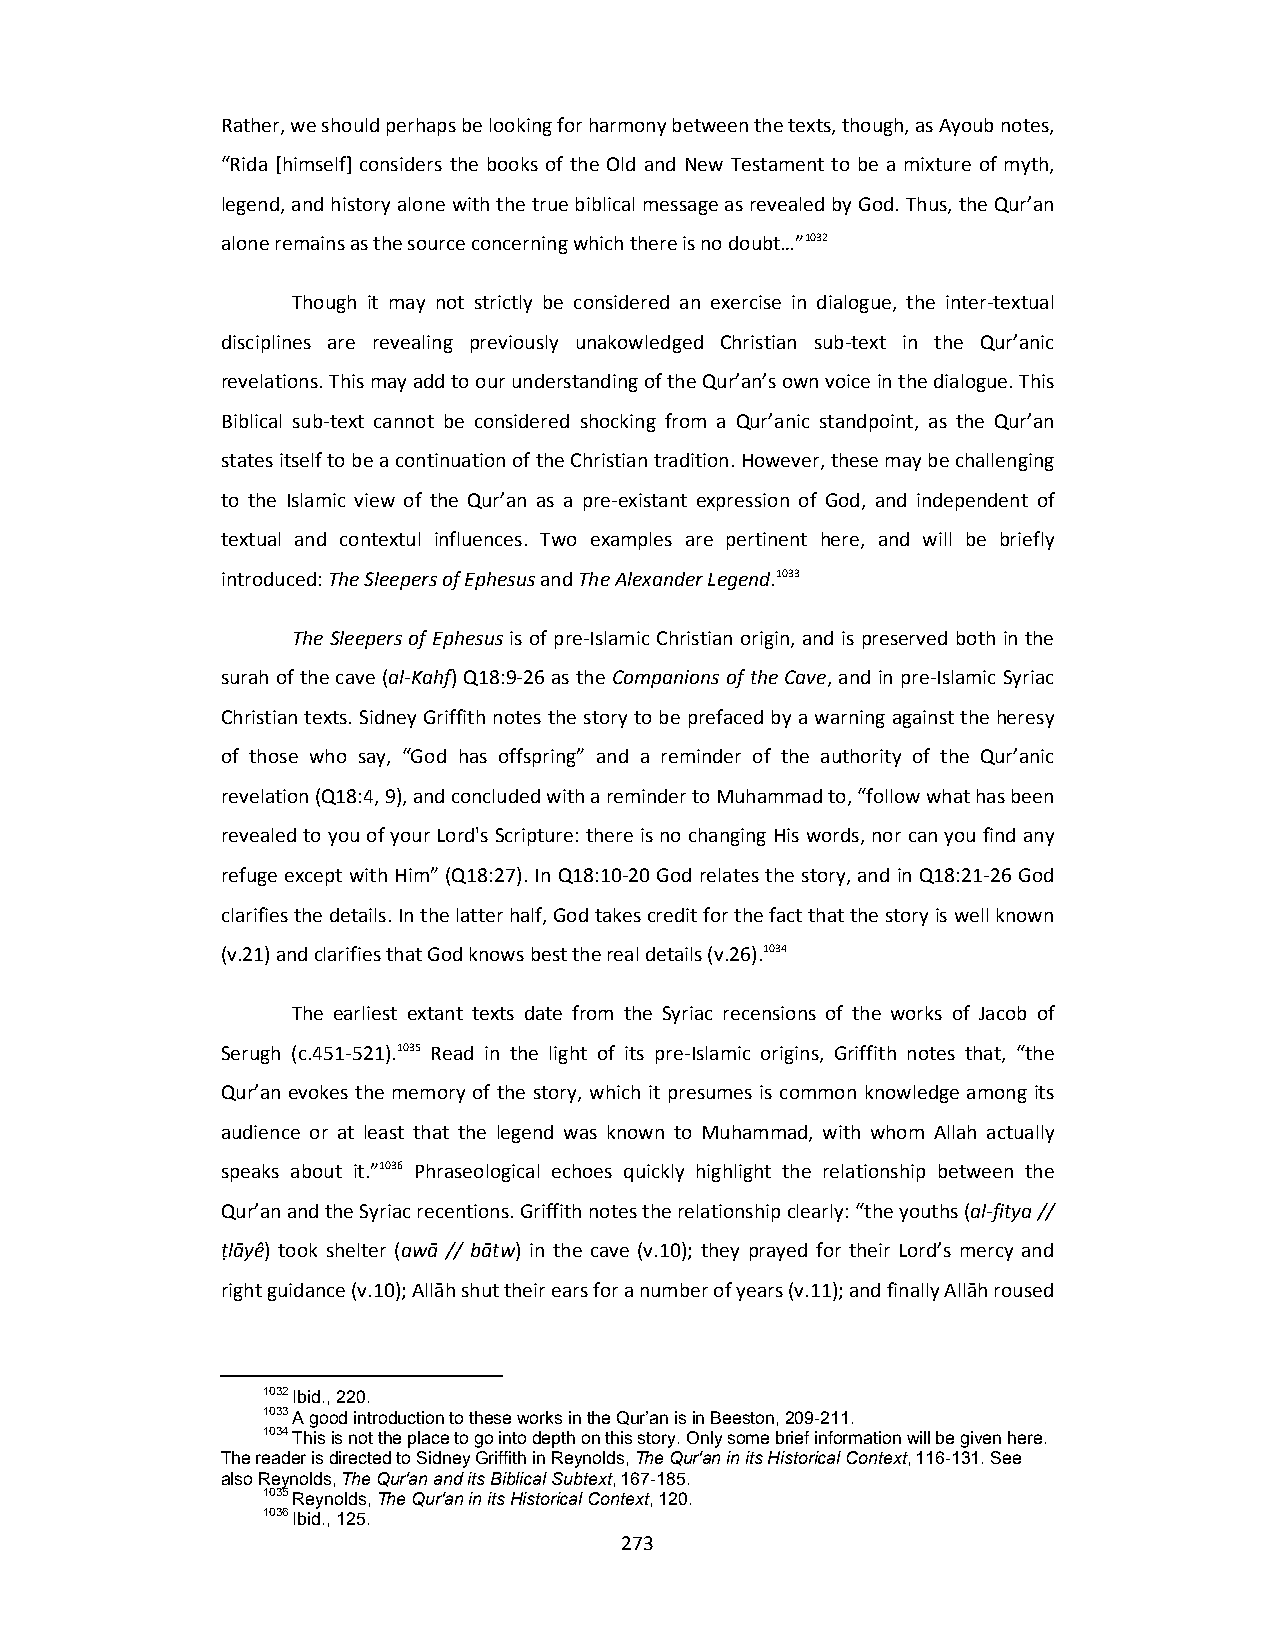
Rather, we should perhaps be looking for harmony between the texts, though, as Ayoub notes,
 “Rida [himself] considers the books of the Old and New Testament to be a mixture of myth,
 legend, and history alone with the true biblical message as revealed by God. Thus, the Qur’an
 alone remains as the source concerning which there is no doubt…”1032
 Though it may not strictly be considered an exercise in dialogue, the inter‐textual
 disciplines are revealing previously unakowledged Christian sub‐text in the Qur’anic
 revelations. This may add to our understanding of the Qur’an’s own voice in the dialogue. This
 Biblical sub‐text cannot be considered shocking from a Qur’anic standpoint, as the Qur’an
 states itself to be a continuation of the Christian tradition. However, these may be challenging
 to the Islamic view of the Qur’an as a pre‐existant expression of God, and independent of
 textual and contextul influences. Two examples are pertinent here, and will be briefly
 introduced: The Sleepers of Ephesus and The Alexander Legend.1033
 The Sleepers of Ephesus is of pre‐Islamic Christian origin, and is preserved both in the
 surah of the cave (al‐Kahf) Q18:9‐26 as the Companions of the Cave, and in pre‐Islamic Syriac
 Christian texts. Sidney Griffith notes the story to be prefaced by a warning against the heresy
 of those who say, “God has offspring” and a reminder of the authority of the Qur’anic
 revelation (Q18:4, 9), and concluded with a reminder to Muhammad to, “follow what has been
 revealed to you of your Lord's Scripture: there is no changing His words, nor can you find any
 refuge except with Him” (Q18:27). In Q18:10‐20 God relates the story, and in Q18:21‐26 God
 clarifies the details. In the latter half, God takes credit for the fact that the story is well known
 (v.21) and clarifies that God knows best the real details (v.26).1034
 The earliest extant texts date from the Syriac recensions of the works of Jacob of
 Serugh (c.451‐521).1035 Read in the light of its pre‐Islamic origins, Griffith notes that, “the
 Qur’an evokes the memory of the story, which it presumes is common knowledge among its
 audience or at least that the legend was known to Muhammad, with whom Allah actually
 speaks about it.”1036 Phraseological echoes quickly highlight the relationship between the
 Qur’an and the Syriac recentions. Griffith notes the relationship clearly: “the youths (al‐fitya //
 ṭlāyê) took shelter (awā // bātw) in the cave (v.10); they prayed for their Lord’s mercy and
 right guidance (v.10); Allāh shut their ears for a number of years (v.11); and finally Allāh roused
 1032 Ibid., 220.
 1033 A good introduction to these works in the Qur’an is in Beeston, 209-211.
 1034 This is not the place to go into depth on this story. Only some brief information will be given here.
 The reader is directed to Sidney Griffith in Reynolds, The Qur'an in its Historical Context, 116-131. See
 also Reynolds, The Qur'an and its Biblical Subtext, 167-185.
 1035 Reynolds, The Qur'an in its Historical Context, 120.
 1036 Ibid., 125.
 273